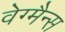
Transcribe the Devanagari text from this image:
वेग्मैन्स